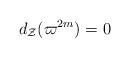
LaTeX: \begin{align*}d_{\mathcal{Z}} (\varpi^{2m}) = 0 \end{align*}